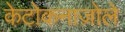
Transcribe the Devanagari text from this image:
केटोकनाज़ोले